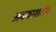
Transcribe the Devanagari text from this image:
अवकाशरुप